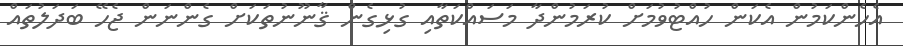
އެހެންކަމުން އެކަން ހުއްޓުވުމަށް ކުރަމުންދާ މަސައްކަތާއި ގުޅިގެން ޤާނޫނުތަކަށް ގެންނަން ޖެހޭ ބަދަލުތައް